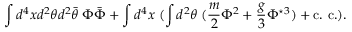
\int d ^ { 4 } x d ^ { 2 } \theta d ^ { 2 } \bar { \theta } \; \Phi \bar { \Phi } + \int d ^ { 4 } x \; ( \int d ^ { 2 } \theta \; ( \frac { m } { 2 } \Phi ^ { 2 } + \frac { g } { 3 } \Phi ^ { \star 3 } ) + \mathrm { c . ~ c . } ) .